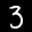
Label: 3